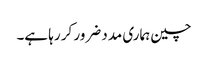
چین ہماری مدد ضرور کر رہا ہے۔